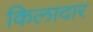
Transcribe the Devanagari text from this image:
किलादार